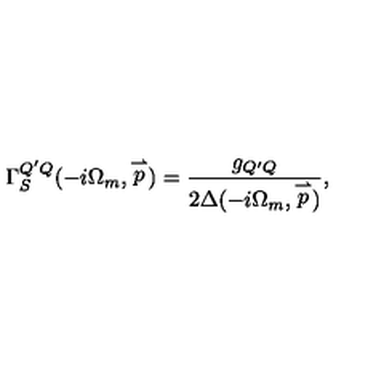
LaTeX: \Gamma _ { S } ^ { Q ^ { \prime } Q } ( - i \Omega _ { m } , \stackrel { \rightharpoonup } { p } ) = \frac { g _ { Q ^ { \prime } Q } } { 2 \Delta ( - i \Omega _ { m } , \stackrel { \rightharpoonup } { p } ) } ,